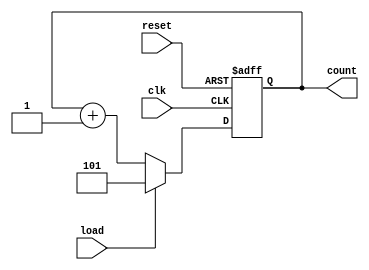
module binary_counter (
    input clk,
    input reset,
    input load,
    output reg [2:0] count
);

always @(posedge clk or posedge reset) begin
    if (reset) begin
        count <= 3'b000;
    end else if (load) begin
        // Load specific value using control signals
        // For example, to load the value 5 (101)
        count <= 3'b101;
    end else begin
        // Increment binary number by one with each clock pulse
        count <= count + 1;
    end
end

endmodule